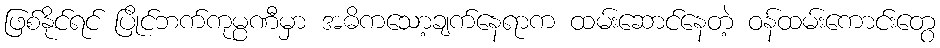
ဖြစ်နိုင်ရင် ပြိုင်ဘက်ကုမ္ပဏီမှာ အဓိကသော့ချက်နေရာက ထမ်းဆောင်နေတဲ့ ဝန်ထမ်းကောင်းတွေ